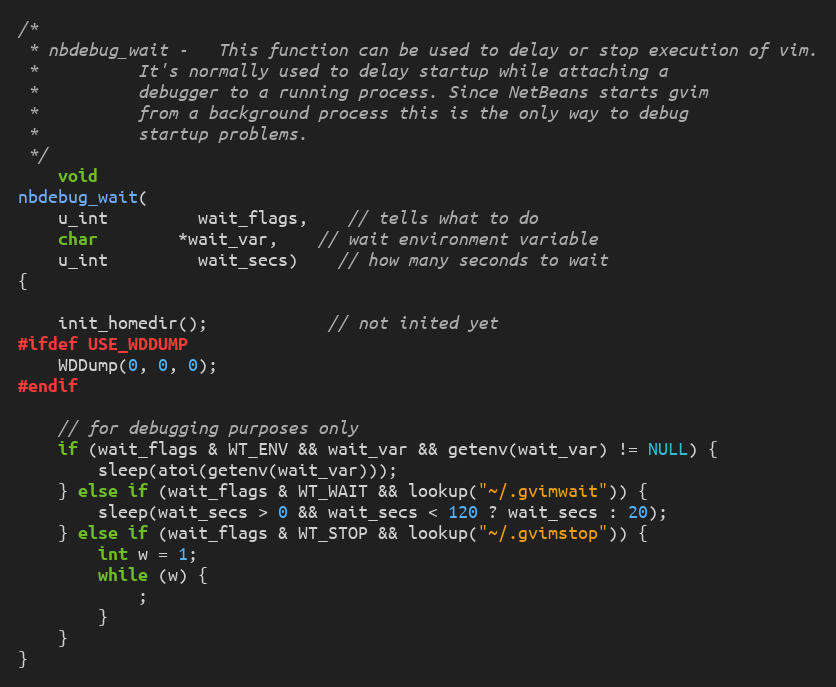
Language: C
/*
 * nbdebug_wait	-   This function can be used to delay or stop execution of vim.
 *		    It's normally used to delay startup while attaching a
 *		    debugger to a running process. Since NetBeans starts gvim
 *		    from a background process this is the only way to debug
 *		    startup problems.
 */
	void
nbdebug_wait(
	u_int		 wait_flags,	// tells what to do
	char		*wait_var,	// wait environment variable
	u_int		 wait_secs)	// how many seconds to wait
{

	init_homedir();			// not inited yet
#ifdef USE_WDDUMP
	WDDump(0, 0, 0);
#endif

	// for debugging purposes only
	if (wait_flags & WT_ENV && wait_var && getenv(wait_var) != NULL) {
		sleep(atoi(getenv(wait_var)));
	} else if (wait_flags & WT_WAIT && lookup("~/.gvimwait")) {
		sleep(wait_secs > 0 && wait_secs < 120 ? wait_secs : 20);
	} else if (wait_flags & WT_STOP && lookup("~/.gvimstop")) {
		int w = 1;
		while (w) {
			;
		}
	}
}